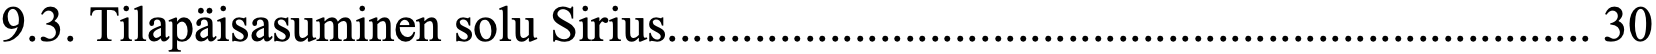
9.3. Tilapäisasuminen solu Sirius.......................................................................... 30